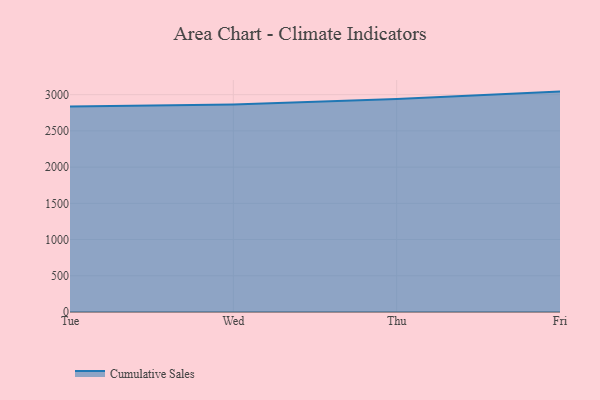
{"axis": {"x": "Day", "y": "Backlog"}, "legend": ["Cumulative Sales"], "data": [{"x": "Tue", "y": 2837.9, "type": "Cumulative Sales"}, {"x": "Wed", "y": 2864.5, "type": "Cumulative Sales"}, {"x": "Thu", "y": 2940.7, "type": "Cumulative Sales"}, {"x": "Fri", "y": 3042.3, "type": "Cumulative Sales"}]}